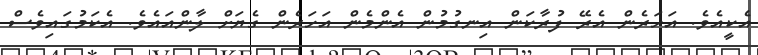
އެކީއެވެ. އަހަރެން އެރޭ ފުރާކަން އިނގުމުން އެންމެން އަހަރެން ގެޔަށް ލާންއައެވެ. އެކަމުގައިވެސް